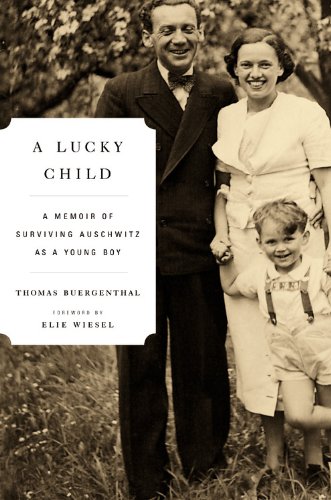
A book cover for A Lucky Child: A Memoir of Surviving Auschwitz as a Young Boy; Thomas Buergenthal; Biographies & Memoirs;